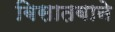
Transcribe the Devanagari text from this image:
बिसातबाने